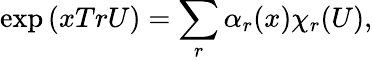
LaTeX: \exp\left(xTrU\right)=\sum_{r}\alpha_{r}(x)\chi_{r}(U),